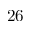
2 6